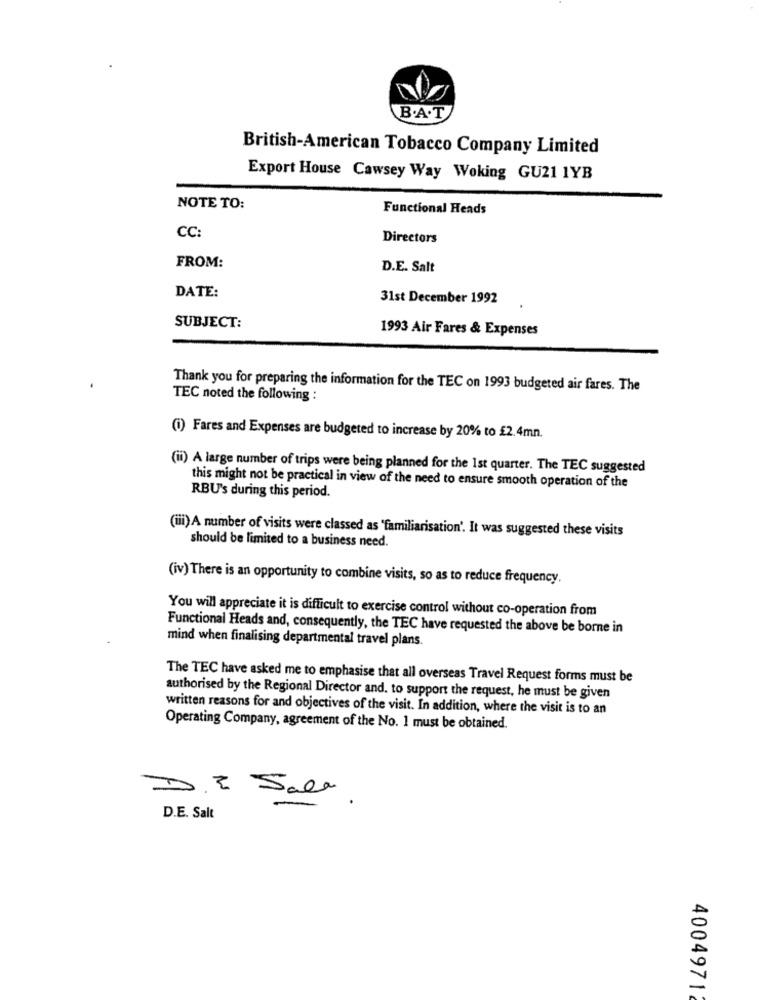
B.A.T
British-American Tobacco Company Limited
Export House Cawsey Way Woking GUZ1 1YB
NOTE TO:
Functional Heads
CC:
Directors
FROM:
D.E. Salt
DATE:
31st December 1992
SUBJECT:
1993 Air Fares & Expenses
Thank you for preparing the information for the TEC on 1993 budgeted air fares. The
TEC noted the following :
(i) Fares and Expenses are budgeted to increase by 20% to £2.4mn.
(ii) A large number of trips were being planned for the 1st quarter. The TEC suggested
RBU's during this period.
this might not be practical in view of the need to ensure smooth operation of the
(iii) A number of visits were classed as 'familiarisation'. It was suggested these visits
should be limited to a business need.
(iv) There is an opportunity to combine visits, so as to reduce frequency.
You will appreciate it is difficult to exercise control without co-operation from
Functional Heads and, consequently, the TEC have requested the above be borne in
mind when finalising departmental travel plans.
The TEC have asked me to emphasise that all overseas Travel Request forms must be
authorised by the Regional Director and. to support the request, he must be given
written reasons for and objectives of the visit. In addition, where the visit is to an
Operating Company, agreement of the No. 1 must be obtained.
DE Sala
D.E. Salt
4004971